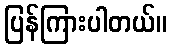
ပြန်ကြားပါတယ်။